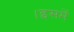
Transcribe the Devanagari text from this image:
।इसमें